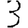
Digit: 3